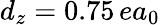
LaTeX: d_{z}=0.75\, ea_{0}